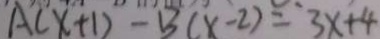
A ( x + 1 ) - B ( x - 2 ) = 3 x + 4